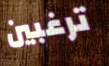
ترغبين